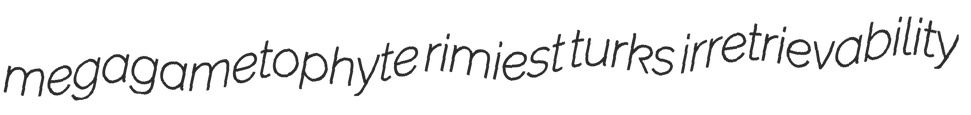
megagametophyte rimiest turks irretrievability